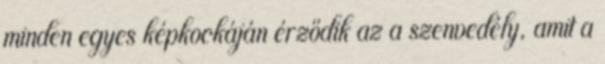
minden egyes képkockáján érződik az a szenvedély, amit a